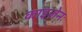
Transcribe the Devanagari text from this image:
काइज़ेनः